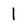
Character: 1